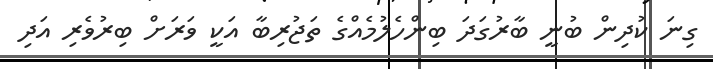
ގިނަ ކުދިން ބުނީ ބާރުގަދަ ބިންހެލުމެއްގެ ތަޖުރިބާ އަކީ ވަރަށް ބިރުވެރި އަދި